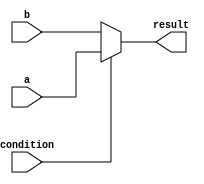
module if_else_statement (
    input wire condition,
    input wire a,
    input wire b,
    output reg result
);

always @* begin
    if (condition) begin
        result = a;
    end else begin
        result = b;
    end
end

endmodule